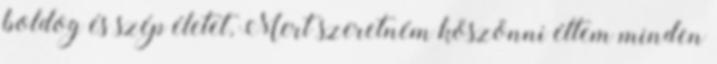
boldog és szép életet, Mert szeretném köszönni éltem minden